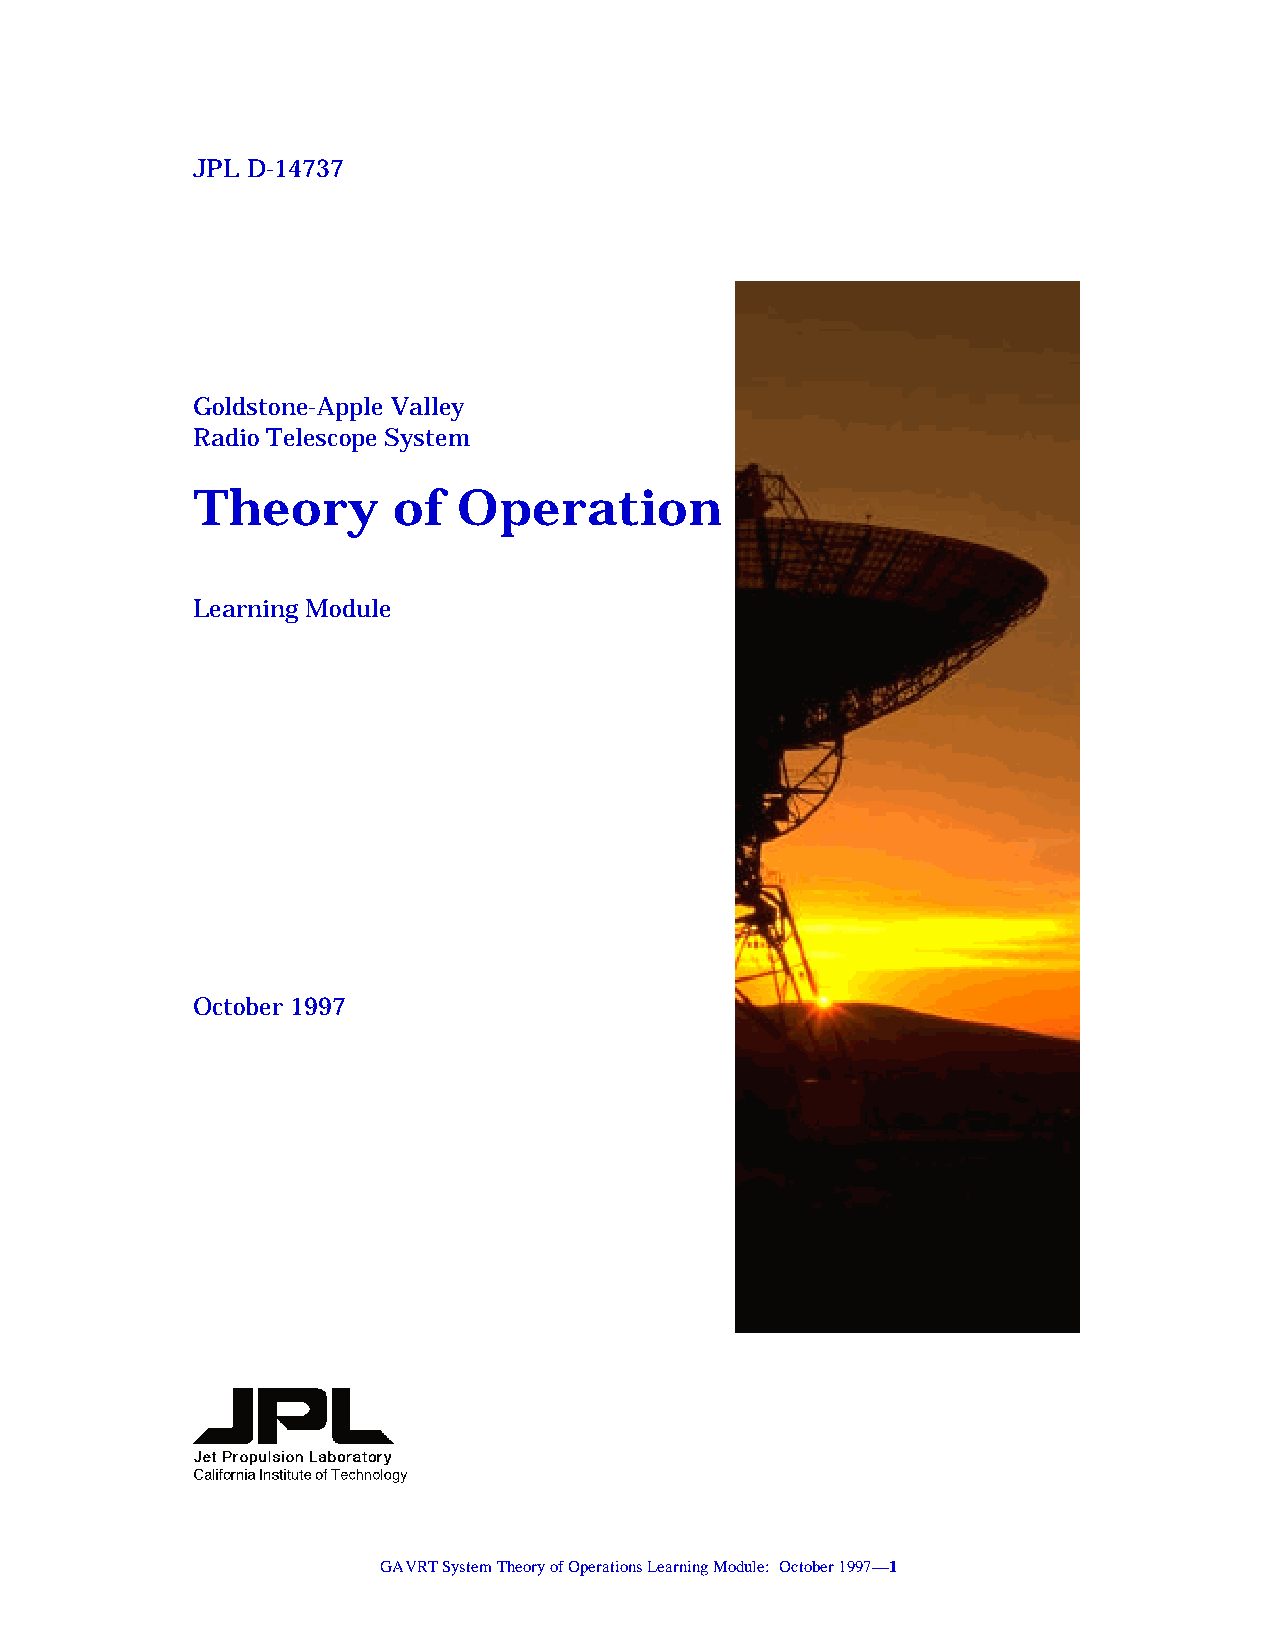
JPL D-14737
 Goldstone-Apple Valley
 Radio Telescope System
 Theory       of  Operation
 Learning Module
 October 1997
 GAVRT System Theory of Operations Learning Module: October 1997—1